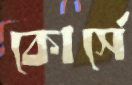
কোর্সে